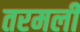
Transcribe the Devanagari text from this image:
तरमली